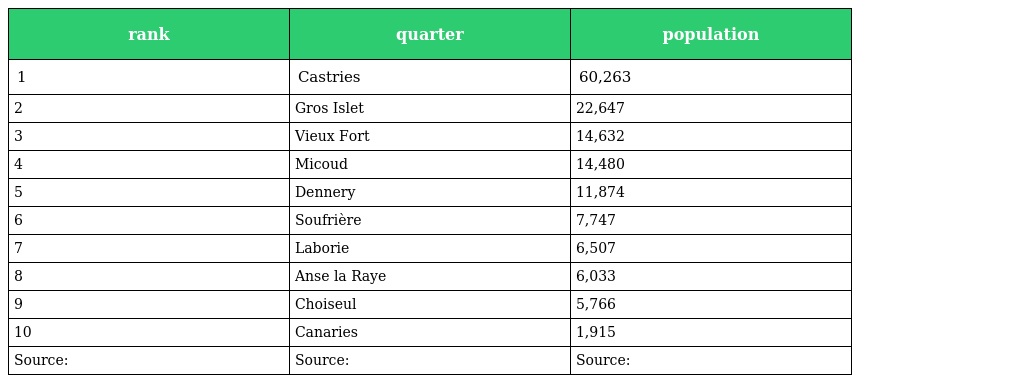
| rank | quarter | population |
 | --- | --- | --- |
 | 1 | Castries | 60,263 |
 | 2 | Gros Islet | 22,647 |
 | 3 | Vieux Fort | 14,632 |
 | 4 | Micoud | 14,480 |
 | 5 | Dennery | 11,874 |
 | 6 | Soufrière | 7,747 |
 | 7 | Laborie | 6,507 |
 | 8 | Anse la Raye | 6,033 |
 | 9 | Choiseul | 5,766 |
 | 10 | Canaries | 1,915 |
 | Source: | Source: | Source: |